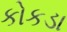
કોકડા